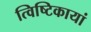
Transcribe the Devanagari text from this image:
त्विष्टिकायां